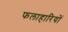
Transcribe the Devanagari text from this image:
फलाहारियों